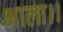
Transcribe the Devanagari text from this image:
भाला।।